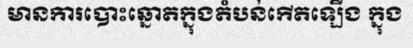
មានការបោះឆ្នោតក្នុងតំបន់កើតឡើង ក្នុង